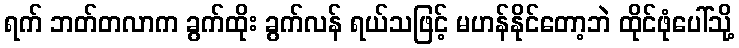
ရက် ဘတ်တလာက ခွက်ထိုး ခွက်လန် ရယ်သဖြင့် မဟန်နိုင်တော့ဘဲ ထိုင်ဖုံပေါ်သို့